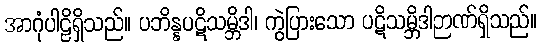
အာဂုံပါဠိရှိသည်။ ပဘိန္နပဋိသမ္ဘိဒါ၊ ကွဲပြားသော ပဋိသမ္ဘိဒါဉာဏ်ရှိသည်။